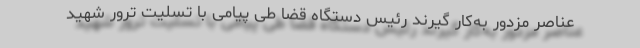
عناصر مزدور به‌کار گیرند رئیس دستگاه قضا طی پیامی با تسلیت ترور شهید